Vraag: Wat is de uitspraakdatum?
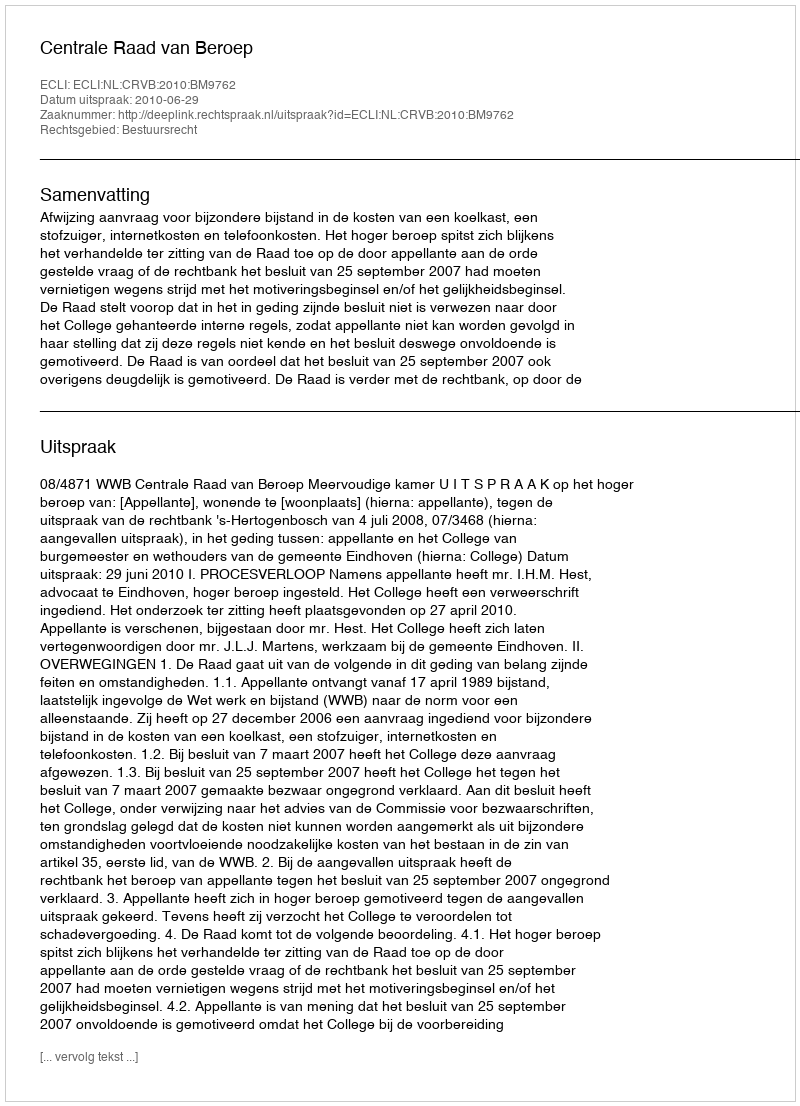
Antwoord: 2010-06-29